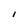
Character: I